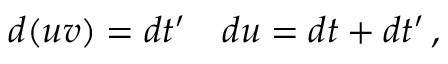
d ( u v ) = d t ^ { \prime } \quad d u = d t + d t ^ { \prime } \, ,